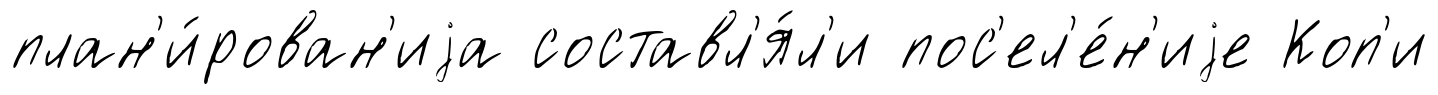
план'и́рован'иjа составл'я́л'и пос'ел'е́н'иjе Коп'и